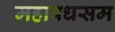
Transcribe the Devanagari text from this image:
महावधसम